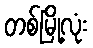
တစ်မြို့လုံး